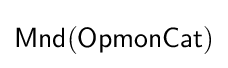
{\mathsf {Mnd(OpmonCat)}}